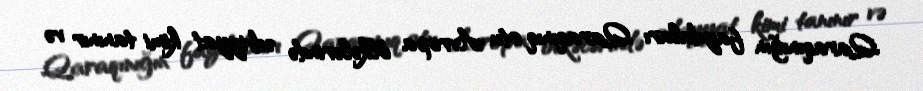
Qaraqınığın faydaları Qaraqınıq otu Avropa ölkələrində ədviyyat kimi tanınır və